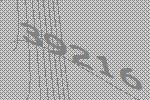
39216